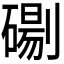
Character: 𭄓